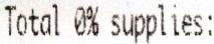
TOTAL 0% SUPPLIES: